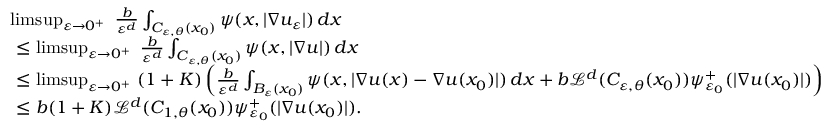
\begin{array} { r l } & { \operatorname* { l i m s u p } _ { \varepsilon \to 0 ^ { + } } \ \frac { b } { \varepsilon ^ { d } } \int _ { C _ { \varepsilon , \theta } ( x _ { 0 } ) } \psi ( x , | \nabla u _ { \varepsilon } | ) \, d x } \\ & { \ \leq \operatorname* { l i m s u p } _ { \varepsilon \to 0 ^ { + } } \ \frac { b } { \varepsilon ^ { d } } \int _ { C _ { \varepsilon , \theta } ( x _ { 0 } ) } \psi ( x , | \nabla u | ) \, d x } \\ & { \ \leq \operatorname* { l i m s u p } _ { \varepsilon \to 0 ^ { + } } \ ( 1 + K ) \left( \frac { b } { \varepsilon ^ { d } } \int _ { B _ { \varepsilon } ( x _ { 0 } ) } \psi ( x , | \nabla u ( x ) - \nabla u ( x _ { 0 } ) | ) \, d x + b \mathcal { L } ^ { d } ( C _ { \varepsilon , \theta } ( x _ { 0 } ) ) \psi _ { \varepsilon _ { 0 } } ^ { + } ( | \nabla u ( x _ { 0 } ) | ) \right) } \\ & { \ \leq b ( 1 + K ) \mathcal { L } ^ { d } ( C _ { 1 , \theta } ( x _ { 0 } ) ) \psi _ { \varepsilon _ { 0 } } ^ { + } ( | \nabla u ( x _ { 0 } ) | ) . } \end{array}